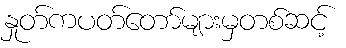
နှုတ်ကပတ်တော်များမှတစ်ဆင့်